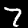
Digit: 7